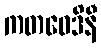
ကတဝေဒိနီ